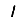
Digit: 1